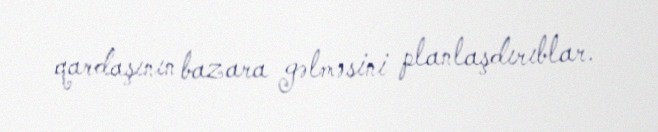
qardaşının bazara gəlməsini planlaşdırıblar.